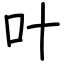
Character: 叶